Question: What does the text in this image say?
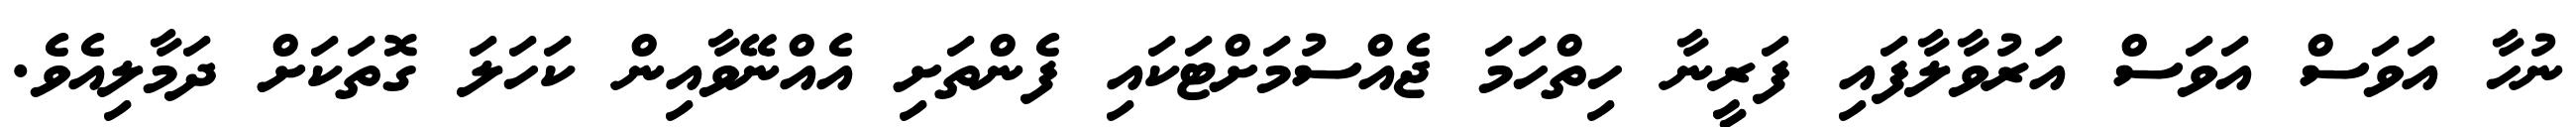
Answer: ނުހާ އަވަސް އަވަސް އަރުވާލާފައި ފަރީނާ ހިތްހަމަ ޖެއްސުމަށްޓަކައި ފެންތަށި އެއްނޭވާއިން ކަހަލަ ގޮތަކަށް ދަމާލިއެވެ.